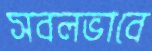
সবলভাবে